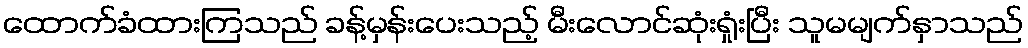
ထောက်ခံထားကြသည် ခန့်မှန်းပေးသည့် မီးလောင်ဆုံးရှုံးပြီး သူမမျက်နှာသည်